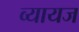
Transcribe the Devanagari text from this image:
व्‍यायज